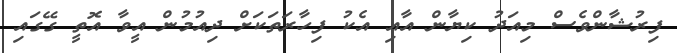
ފިރުޝާންވެސް މިއަދު ކިޔާން އާއި އެކު ފިހާރަތަކަށް ދިއުމުން އީވާ އޮތީ ގޭގައި